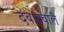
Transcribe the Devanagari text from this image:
दबाववाले